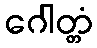
ဂေါတ္တံ